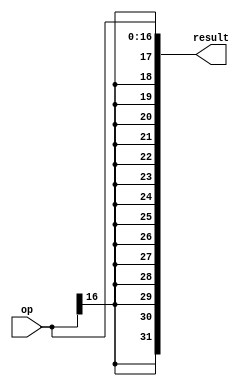
module sign_extender(result, op);
	input[16:0] op;
	output[31:0] result;
	
	assign result = { {15{op[16]}}, op};
	

endmodule